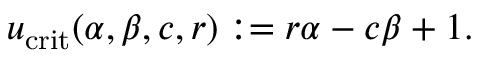
u _ { \mathrm { c r i t } } ( \alpha , \beta , c , r ) : = r \alpha - c \beta + 1 .